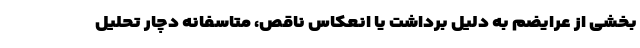
بخشی از عرایضم به دلیل برداشت یا انعکاس ناقص، متاسفانه دچار تحلیل